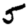
Digit: 5